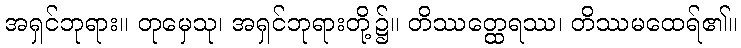
အရှင်ဘုရား။ တုမှေသု၊ အရှင်ဘုရားတို့၌။ တိဿတ္ထေရဿ၊ တိဿမထေရ်၏။